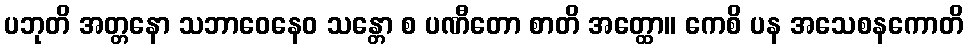
ပဘုတိ အတ္တနော သဘာဝေနေဝ သန္တော စ ပဏီတော စာတိ အတ္ထော။ ကေစိ ပန အသေစနကောတိ